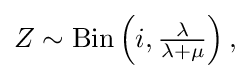
{\textstyle Z\sim \operatorname {Bin} \left(i,{\frac {\lambda }{\lambda +\mu }}\right),}